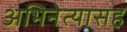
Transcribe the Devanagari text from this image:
अभिनेत्यासह